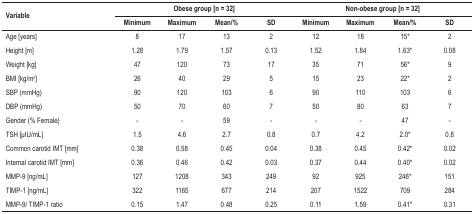
<table><thead><tr><td rowspan="2"><b>Variable</b></td><td colspan="4"><b>Obese group [n = 32]</b></td><td colspan="4"><b>Non-obese group [n = 32]</b></td></tr><tr><td><b>Minimum</b></td><td><b>Maximum</b></td><td><b>Mean/%</b></td><td><b>SD</b></td><td><b>Minimum</b></td><td><b>Maximum</b></td><td><b>Mean/%</b></td><td><b>SD</b></td></tr></thead><tbody><tr><td>Age [years]</td><td>8</td><td>17</td><td>13</td><td>2</td><td>12</td><td>18</td><td>15*</td><td>2</td></tr><tr><td>Height [m]</td><td>1.28</td><td>1.79</td><td>1.57</td><td>0.13</td><td>1.52</td><td>1.84</td><td>1.63*</td><td>0.08</td></tr><tr><td>Weight [kg]</td><td>47</td><td>120</td><td>73</td><td>17</td><td>35</td><td>71</td><td>56*</td><td>9</td></tr><tr><td>BMI [kg/m<sup>2</sup>]</td><td>26</td><td>40</td><td>29</td><td>5</td><td>15</td><td>23</td><td>22*</td><td>2</td></tr><tr><td>SBP (mmHg)</td><td>90</td><td>120</td><td>103</td><td>6</td><td>90</td><td>110</td><td>103</td><td>6</td></tr><tr><td>DBP (mmHg)</td><td>50</td><td>70</td><td>60</td><td>7</td><td>50</td><td>80</td><td>63</td><td>7</td></tr><tr><td>Gender (% Female)</td><td>-</td><td>-</td><td>59</td><td>-</td><td>-</td><td>-</td><td>47</td><td>-</td></tr><tr><td>TSH [μIU/mL]</td><td>1.5</td><td>4.6</td><td>2.7</td><td>0.8</td><td>0.7</td><td>4.2</td><td>2.0*</td><td>0.8</td></tr><tr><td>Common carotid IMT [mm]</td><td>0.38</td><td>0.58</td><td>0.45</td><td>0.04</td><td>0.38</td><td>0.45</td><td>0.42*</td><td>0.02</td></tr><tr><td>Internal carotid IMT [mm]</td><td>0.36</td><td>0.46</td><td>0.42</td><td>0.03</td><td>0.37</td><td>0.44</td><td>0.40*</td><td>0.02</td></tr><tr><td>MMP-9 [ng/mL]</td><td>127</td><td>1208</td><td>343</td><td>249</td><td>92</td><td>925</td><td>246*</td><td>151</td></tr><tr><td>TIMP-1 [ng/mL]</td><td>322</td><td>1165</td><td>677</td><td>214</td><td>207</td><td>1522</td><td>709</td><td>284</td></tr><tr><td>MMP-9/ TIMP-1 ratio</td><td>0.15</td><td>1.47</td><td>0.48</td><td>0.25</td><td>0.11</td><td>1.59</td><td>0.41*</td><td>0.31</td></tr></tbody></table>